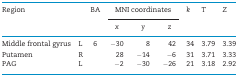
<table><thead><tr><td rowspan="2"><b>Region</b></td><td rowspan="2"></td><td rowspan="2"><b>BA</b></td><td colspan="3"><b>MNI coordinates</b></td><td rowspan="2"><b><i>k</i></b></td><td rowspan="2"><b><i>T</i></b></td><td rowspan="2"><b><i>Z</i></b></td></tr><tr><td><b><i>x</i></b></td><td><b><i>y</i></b></td><td><b><i>z</i></b></td></tr></thead><tbody><tr><td>Middle frontal gyrus</td><td>L</td><td>6</td><td>−30</td><td>8</td><td>42</td><td>34</td><td>3.79</td><td>3.39</td></tr><tr><td>Putamen</td><td>R</td><td></td><td>28</td><td>−14</td><td>−6</td><td>31</td><td>3.71</td><td>3.33</td></tr><tr><td>PAG</td><td>L</td><td></td><td>−2</td><td>−30</td><td>−26</td><td>21</td><td>3.18</td><td>2.92</td></tr></tbody></table>